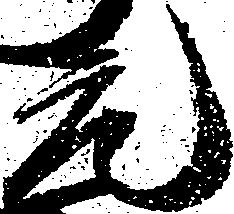
元